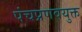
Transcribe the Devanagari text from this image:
पंचप्रणवयुक्त